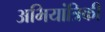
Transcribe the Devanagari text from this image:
अभियांत्रिकी